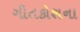
ગીતકોશના